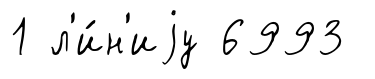
1 л'и́н'иjу 6993